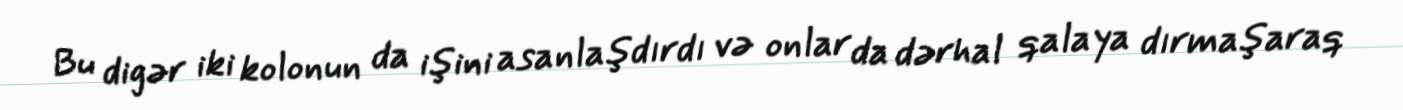
Bu digər iki kolonun da işini asanlaşdırdı və onlar da dərhal qalaya dırmaşaraq